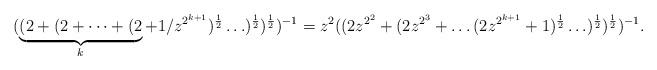
LaTeX: \begin{align*}(\underbrace{(2+(2+ \dots + (2}_{k}+ 1/z^{2^{k+1}} )^{\frac{1}{2}}\ldots )^{\frac{1}{2}} )^{\frac{1}{2}})^{-1} = z^2 ((2 z^{2^2} + (2 z^{2^3} + \ldots (2 z^{2^{k +1}} +1)^{\frac{1}{2}} \ldots )^{\frac{1}{2}})^{\frac{1}{2}})^{-1}.\end{align*}